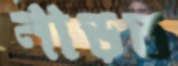
নাড়ত